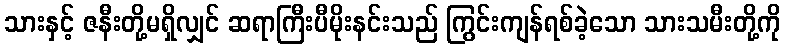
သားနှင့် ဇနီးတို့မရှိလျှင် ဆရာကြီးပီမိုးနင်းသည် ကြွင်းကျန်ရစ်ခဲ့သော သားသမီးတို့ကို